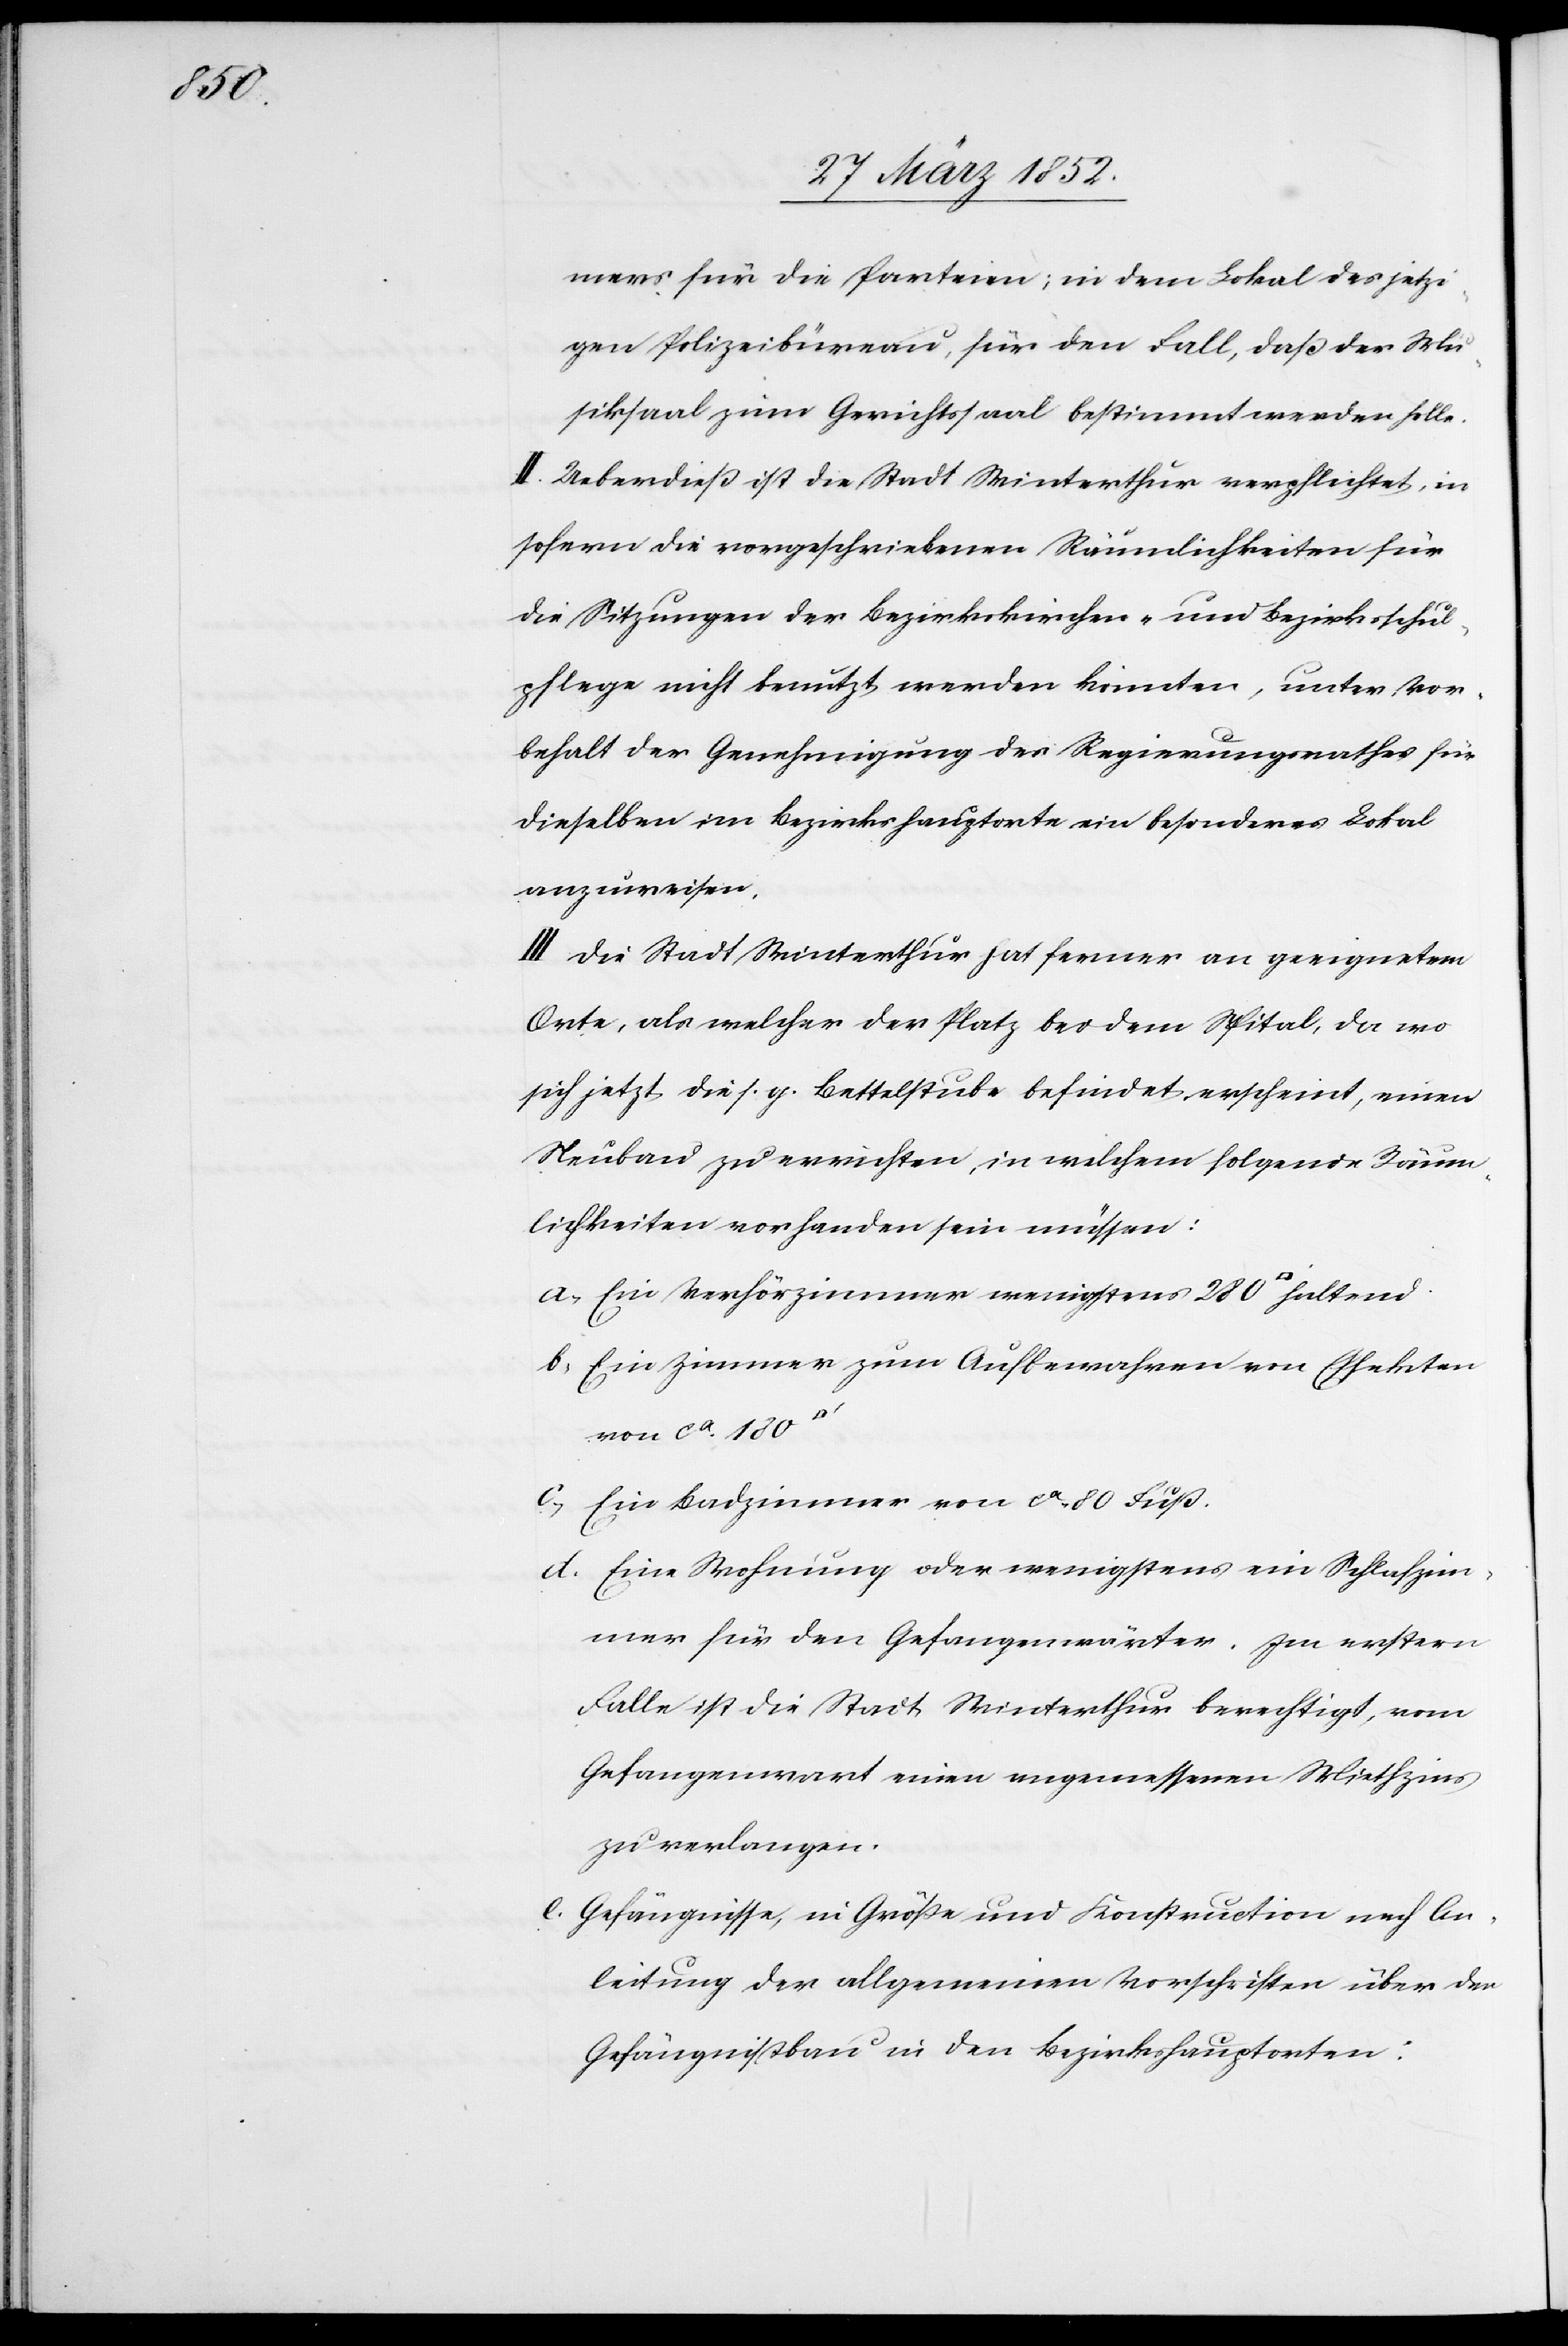
haltend.

mer für die Parteien, in dem Lokal des jetzi¬
gen Polizeibüreau, für den Fall, daß der Mu¬
siksaal zum Gerichtssaal bestimmt werden solle.
II. Ueberdieß ist die Stadt Winterthur verpflichtet, in
sofern die vorgeschriebenen Räumlichkeiten für
die Sitzungen der Bezirkskirchen- und Bezirksschul¬
pflege nicht benutzt werden könnten, unter Vor¬
behalt der Genehmigung des Regierungsrathes für
dieselben im Bezirkshauptorte ein besonderes Lokal
anzuweisen.
III. Die Stadt Winterthur hat ferner an geeignetem
Orte, als welcher der Platz bei dem Spital, da wo
sich jetzt die s. g. Bettelstube befindet, erscheint, einen
Neubau zu errichten, in welchem folgende Räum¬
lichkeiten vorhanden sein müssen:
a) Ein Verhörzimmer wenigstens 280 [Quadrat¬
b) Ein Zimmer zum Aufbewahren von Effekten
von ca 180
c) Ein Badzimmer von ca 80 Fuß.
d) Eine Wohnung oder wenigstens ein Schlafzim¬
mer für den Gefangenwärter. Im erstern
Falle ist die Stadt Winterthur berechtigt, vom
Gefangenwart einen angemessenen Miethzins
zu verlangen.
e) Gefängnisse, in Größe und Konstruction nach An¬
leitung der allgemeinen Vorschriften über den
Gefängnißbau in den Bezirkshauptorten: